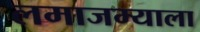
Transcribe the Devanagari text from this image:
लमाजम्याला